Lock hospitals Punjab
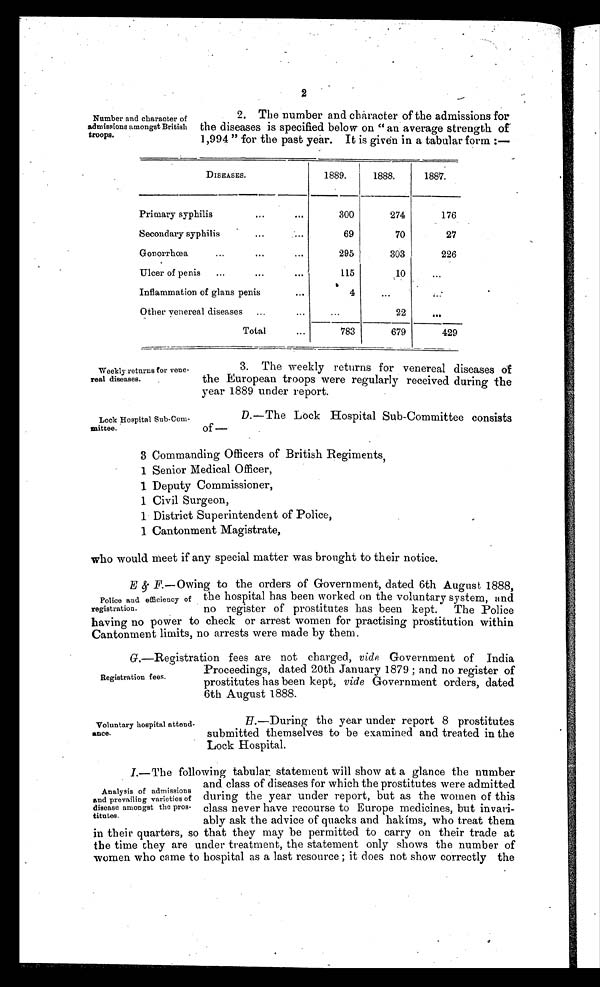
2
Number and character of
admissions amongst British
troops.
2. The number and character of the admissions for
the diseases is specified below on " an average strength of
1,994 " for the past year. It is given in a tabular form
DISEASES.
1889.
1888.
1887.
Primary syphilis
. . .
...
300
274
176
Secondary syphilis
. . .
...
69
70
27
Gonorrhœa ...
...
...
295
303
226
Ulcer of penis
...
...
. . .
115
10
...
Inflammation of glans penis
. . .
4
...
. . .
Other venereal diseases
...
...
...
22
. . .
Total
. . .
783
679
429
Weekly returns for vene-
real diseases.
Lock Hospital Sub-Com
mittee.
3. The weekly returns for venereal diseases of
the European troops were regularly received during the
year 1889 under report.
D.—The Lock Hospital Sub-Committee consists
of —
3 Commanding Officers of British Regiments,
1 Senior Medical Officer,
1 Deputy Commissioner,
1 Civil Surgeon,
1 District Superintendent of Police,
1 Cantonment Magistrate,
who would meet if any special matter was brought to their notice.
E & F .—Owing to the orders of Government, dated 6th August. 1888,
the hospital has been worked on the voluntary system, and
no register of prostitutes has been kept. The Police
having no power to check or arrest women for practising prostitution within
Cantonment limits, no arrests were made by them.
G.—Registration fees are not charged, vide Government of India
Proceedings, dated 20th January 1879 ; and no register of
prostitutes has been kept, vide Government orders, dated
6th August 1888.
Police and efficiency of
registration.
Registration fees.
Voluntary hospital attend-
ance.
H.—During the year under report 8 prostitutes
submitted themselves to be examined and treated in the
Lock Hospital.
I.—The following tabular statement will show at a glance the number
and class of diseases for which the prostitutes were admitted
during the year under report, but as the women of this
class never have recourse to Europe medicines, but invari-
ably ask the advice of quacks and hakims, who treat them
in their quarters, so that they may be permitted to carry on their trade at
the time they are under treatment, the statement only shows the number of
women who came to hospital as a last resource ; it does not show correctly the
Analysis of admissions
and prevailing varieties of
disease amongst the pros-
titutes.